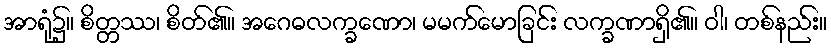
အာရုံ၌။ စိတ္တဿ၊ စိတ်၏။ အဂေဓလက္ခဏော၊ မမက်မောခြင်း လက္ခဏာရှိ၏။ ဝါ၊ တစ်နည်း။